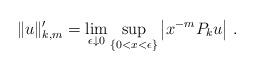
LaTeX: \begin{align*}\|u\|'_{k,m}=\lim_{\epsilon\downarrow0}\sup_{\{0<x<\epsilon\}}\big|x^{-m}P_ku\big|\;.\end{align*}